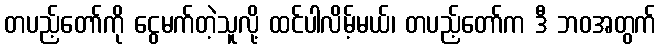
တပည့်တော်ကို ငွေမက်တဲ့သူလို့ ထင်ပါလိမ့်မယ်၊ တပည့်တော်က ဒီ ဘဝအတွက်